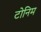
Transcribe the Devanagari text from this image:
टोनिम